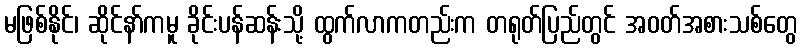
မဖြစ်နိုင်၊ ဆိုင်နာ်ကမူ ခိုင်းပန်ဆန်းသို့ ထွက်လာကတည်းက တရုတ်ပြည်တွင် အဝတ်အစားသစ်တွေ